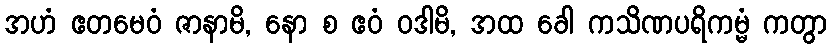
အဟံ ဧတမေဝံ ဇာနာမိ, နော စ ဧဝံ ဝဒါမိ, အထ ခေါ ကသိဏပရိကမ္မံ ကတွာ